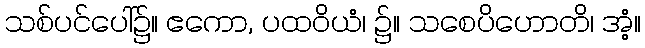
သစ်ပင်ပေါ်၌။ ဧကော, ပထဝိယံ၊ ၌။ သစေပိဟောတိ၊ အံ့။